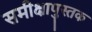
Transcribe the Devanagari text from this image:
समीक्षापुस्तक